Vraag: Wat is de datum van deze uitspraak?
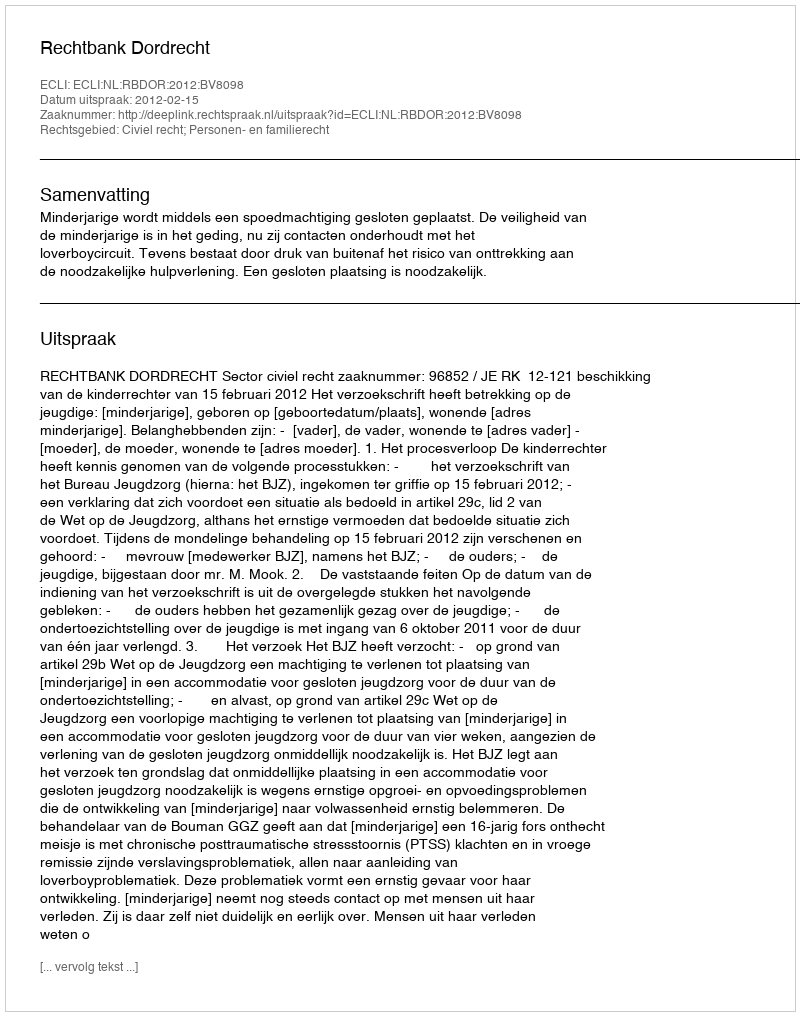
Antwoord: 2012-02-15